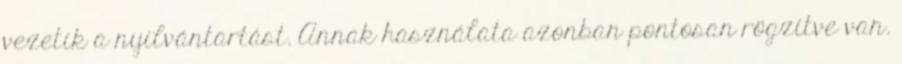
vezetik a nyilvántartást. Annak használata azonban pontosan rögzítve van.